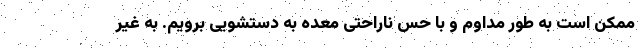
ممکن است به طور مداوم و با حس ناراحتی معده به دستشویی برویم. به غیر